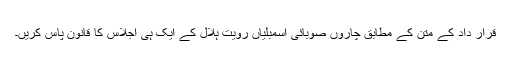
قرار داد کے متن کے مطابق چاروں صوبائی اسمبلياں رويت ہلال کے ايک ہی اجلاس کا قانون پاس کريں۔